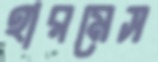
হারমেস